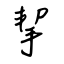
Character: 挈